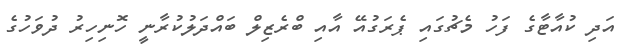
އަދި ކުއާޓާގެ ފަހު މެޗުގައި ޕެރަގުއޭ އާއި ބްރެޒިލް ބައްދަލުކުރާނީ ހޮނިިހިރު ދުވަހުގެ